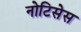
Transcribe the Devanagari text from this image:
नोटिसेस